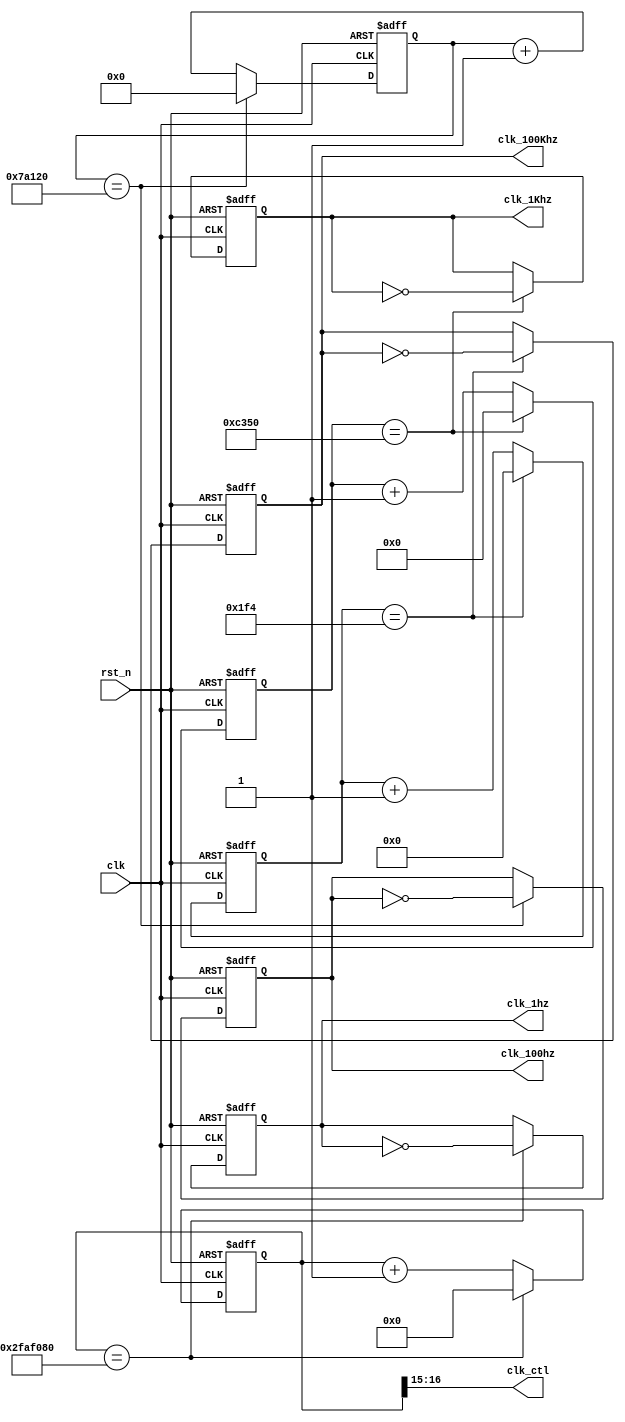
`timescale 1ns / 1ps
//////////////////////////////////////////////////////////////////////////////////
// Company: 
// Engineer: 
// 
// Design Name: 
// Module Name: freq_div_1hz
// Project Name: 
// Target Devices: 
// Tool Versions: 
// Description: 
// 
// Dependencies: 
// 
// Revision:
// Revision 0.01 - File Created
// Additional Comments:
// 
//////////////////////////////////////////////////////////////////////////////////


module freq_div(
    output reg clk_1hz,
    output reg clk_100hz,
    output reg clk_1Khz,
    output reg clk_100Khz,
    output [1:0] clk_ctl,
    input clk,
    input rst_n
    );
    
    reg clk_1hz_next;
    reg clk_100hz_next;
    reg clk_1Khz_next;
    reg clk_100Khz_next;
    reg [25:0] cnt_50M;
    reg [25:0] cnt_50M_next;
    reg [18:0] cnt_500K;
    reg [18:0] cnt_500K_next;
    reg [15:0] cnt_50K;
    reg [15:0] cnt_50K_next;
    reg [8:0] cnt_500;
    reg [8:0] cnt_500_next;
    
    assign clk_ctl = {cnt_50M[16], cnt_50M[15]};
    
    always @(posedge clk or negedge rst_n)
    begin
        if(rst_n == 0)
        begin   
            cnt_50M <= 26'b0;
            clk_1hz <= 1'b0;
            cnt_500K <= 19'b0;
            clk_100hz <= 1'b0;
            cnt_50K <= 16'b0;
            clk_1Khz <= 1'b0;
            cnt_500 <= 9'b0;
            clk_100Khz <= 1'b0;
        end
        else
        begin
            cnt_50M <= cnt_50M_next;
            clk_1hz <= clk_1hz_next;
            cnt_500K <= cnt_500K_next;
            clk_100hz <= clk_100hz_next;
            cnt_50K <= cnt_50K_next;
            clk_1Khz <= clk_1Khz_next;
            cnt_500 <=  cnt_500_next;
            clk_100Khz <= clk_100Khz_next;
        end
    end
    
    always @*
    begin
        if(cnt_50M == 26'd50000000)
        begin
            cnt_50M_next = 26'd0;
            clk_1hz_next = ~ clk_1hz;
        end
        else
        begin
            cnt_50M_next = cnt_50M + 1'b1;
            clk_1hz_next = clk_1hz;
        end
        
        if(cnt_500K == 19'd500000)
        begin
            cnt_500K_next = 19'd0;
            clk_100hz_next = ~ clk_100hz;
        end
        else
        begin
            cnt_500K_next = cnt_500K + 1'b1;
            clk_100hz_next = clk_100hz;
        end
        
        if(cnt_50K == 16'd50000)
        begin
            cnt_50K_next = 16'd0;
            clk_1Khz_next = ~ clk_1Khz;
        end
        else
        begin
            cnt_50K_next = cnt_50K + 1'b1;
            clk_1Khz_next = clk_1Khz;
        end     
        
        if(cnt_500 == 9'd500)
        begin
            cnt_500_next = 9'd0;
            clk_100Khz_next = ~clk_100Khz;
        end
        else
        begin
            cnt_500_next = cnt_500 + 1'b1;
            clk_100Khz_next = clk_100Khz;
        end
        
    end
    
endmodule